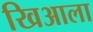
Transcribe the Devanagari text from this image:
खिआला